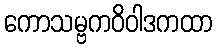
ကောသမ္ဗကဝိဝါဒကထာ